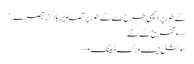
کے طور پر اچھی طرح سے کے طور پر تصاویر, بلاگز, تبصرے. ‘
← تفریح کے لئے
سوشل نیٹ ورک ڈیٹنگ →